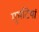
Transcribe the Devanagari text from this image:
गुमटियां